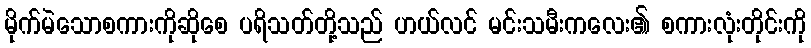
မိုက်မဲသောစကားကိုဆိုစေ ပရိသတ်တို့သည် ဟယ်လင် မင်းသမီးကလေး၏ စကားလုံးတိုင်းကို